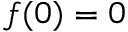
f ( 0 ) = 0